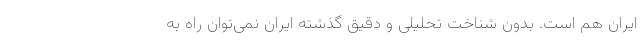
ایران هم است. بدون شناخت تحلیلی و دقیق گذشته ایران نمی‌توان راه به